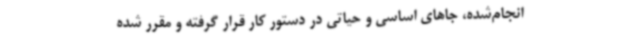
انجام‌شده، جاهای اساسی و حیاتی در دستور کار قرار گرفته و مقرر شده